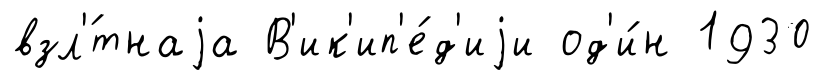
взл'́тнаjа В'ик'ип'е́д'иjи од'и́н 1930